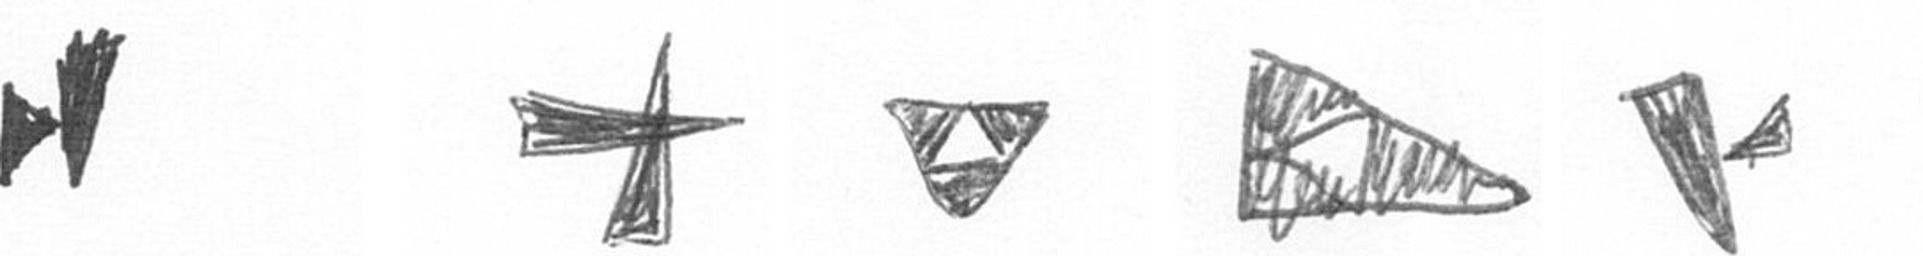
M G S K F